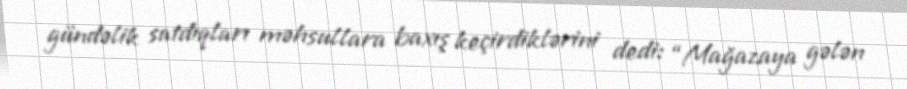
gündəlik satdıqları məhsullara baxış keçirdiklərini dedi: “Mağazaya gələn